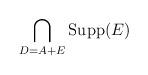
LaTeX: \begin{align*}\bigcap_{D=A+E}{\rm Supp}(E)\end{align*}